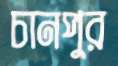
চানপুর